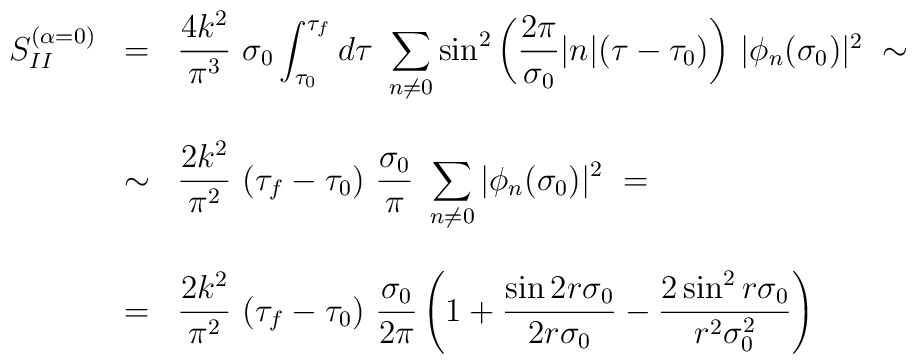
\begin{array}{lcl} S_{II}^{(\alpha = 0)} & = & {\displaystyle \frac{4k^2}{\pi^3} ~ \sigma_0\int_{\tau_0}^{\tau_f} d\tau ~ \sum_{n \neq 0}^{} {\sin }^2 \left(\frac{2\pi}{\sigma_0} |n|  (\tau - \tau_0) \right) } ~|\phi_n(\sigma_0)|^2 \;\sim \\& &  \\& \sim & {\displaystyle \frac{2k^2}{\pi^2} ~ (\tau_f - \tau_0) ~\frac{\sigma_0}{\pi} ~ \sum_{n \neq 0}^{} |\phi_n(\sigma_0)|^2 } ~ = \\& &  \\& = & {\displaystyle \frac{2k^2}{\pi^2}~ (\tau_f - \tau_0) ~\frac{\sigma_0}{2\pi} \left( 1 +  \frac{\sin 2r\sigma_0 }{2r\sigma_0} -\frac{2\, {\sin}^2\, r\sigma_0 }{r^2\sigma_0^2} \right)  }\end{array}